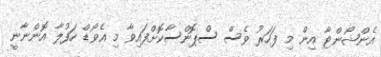
އެންޝޯންޓާ އިން މި ފަހަރު ވެސް ސްޕޮންސާކޮށްފައިވާ މި އެވޯޑް ހަފުލާ އޮންނާނީ